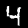
Digit: 4